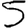
Digit: 5